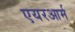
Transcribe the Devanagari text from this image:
एयरआर्म